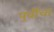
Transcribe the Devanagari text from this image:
पुर्वीचा